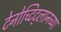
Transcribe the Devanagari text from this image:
टेनोच्टिट्लानच्या